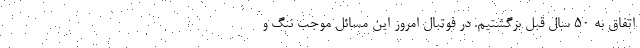
اتفاق به ۵۰ سال قبل برگشتیم. در فوتبال امروز این مسائل موجب ننگ و